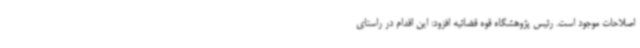
اصلاحات موجود است. رئیس پژوهشگاه قوه قضائیه افزود: این اقدام در راستای